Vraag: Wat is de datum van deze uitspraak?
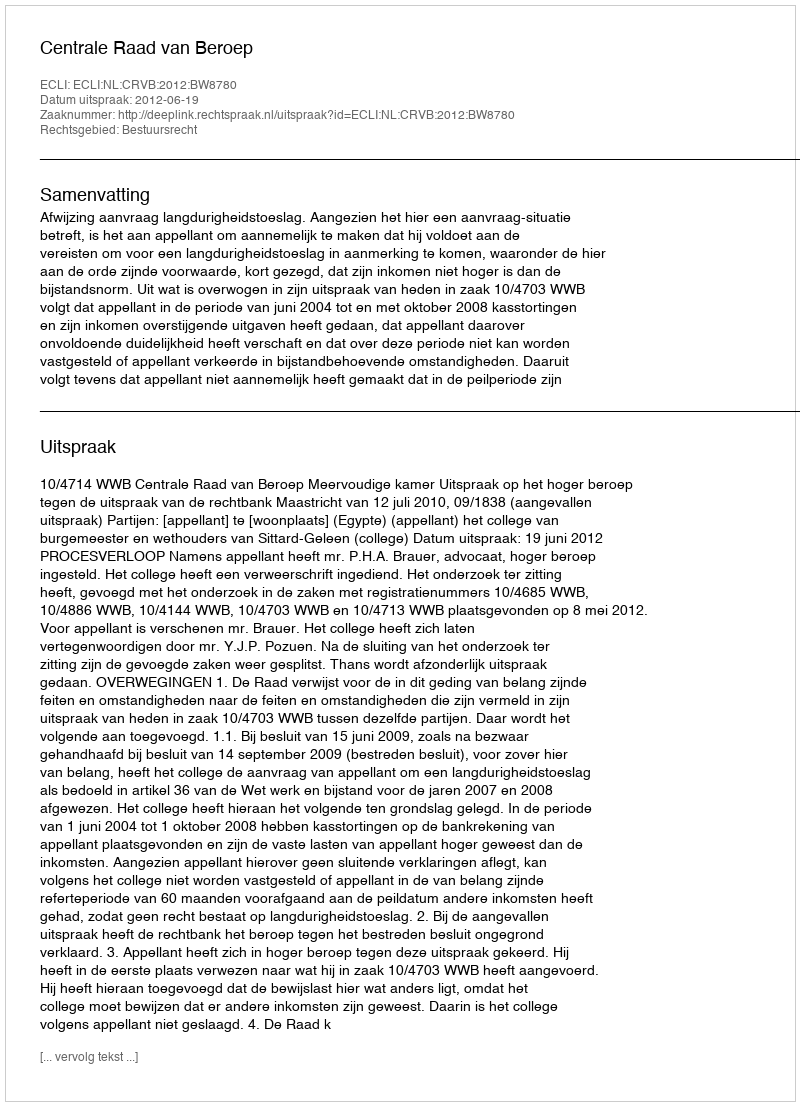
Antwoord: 2012-06-19